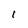
Character: 1